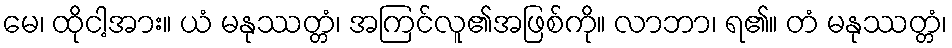
မေ၊ ထိုငါ့အား။ ယံ မနုဿတ္တံ၊ အကြင်လူ၏အဖြစ်ကို။ လာဘာ၊ ရ၏။ တံ မနုဿတ္တံ၊